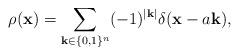
LaTeX: \begin{align*}\rho (\textbf{x})=\sum_{\textbf{k}\in \lbrace0,1\rbrace^{n}}(-1)^{\vert\textbf{k}\vert}\delta (\textbf{x}-a\textbf{k}),\end{align*}